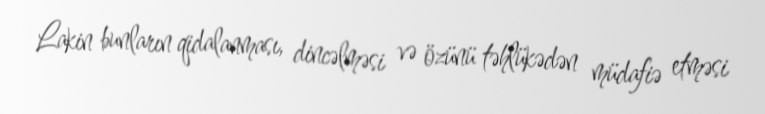
Lakin bunların qidalanması, dincəlməsi və özünü təhlükədən müdafiə etməsi